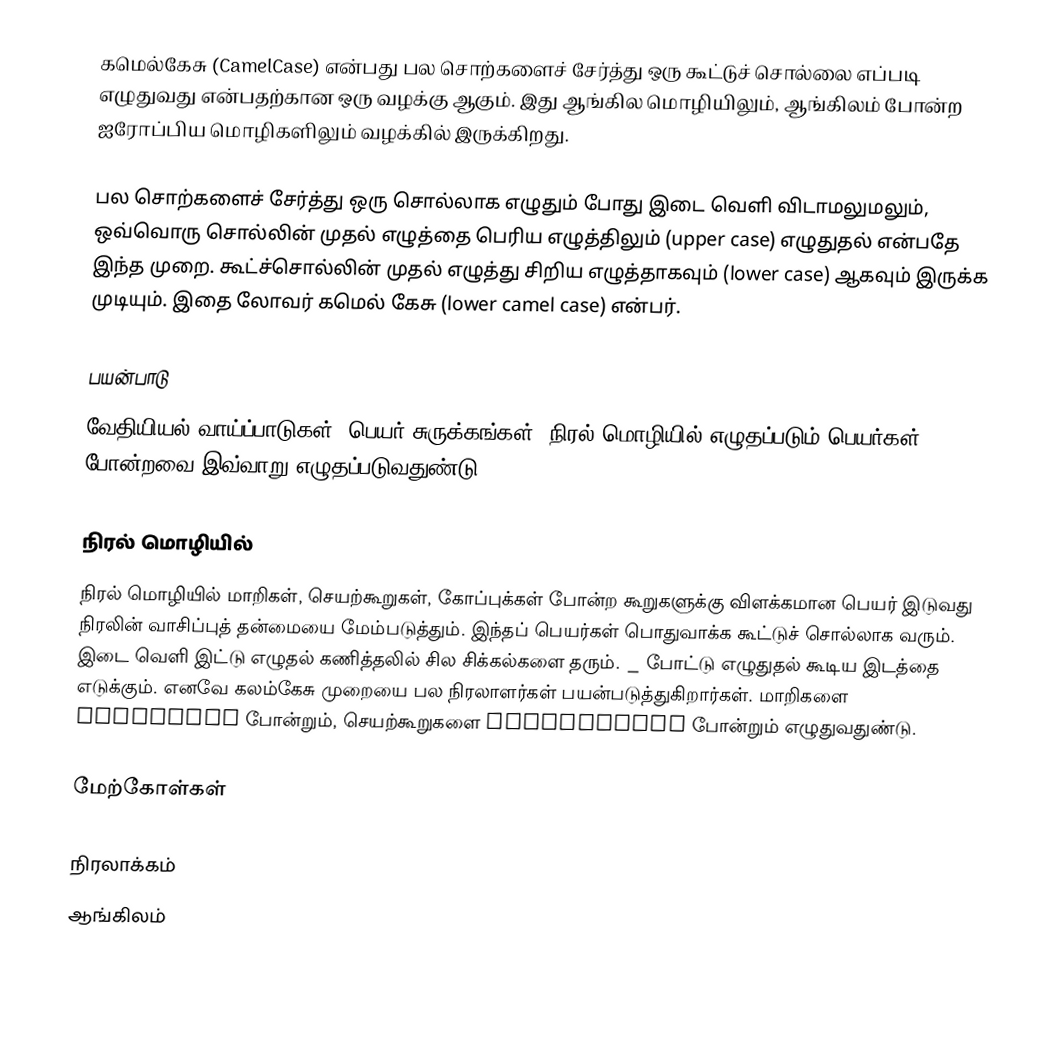
கமெல்கேசு (CamelCase) என்பது பல சொற்களைச் சேர்த்து ஒரு கூட்டுச் சொல்லை எப்படி எழுதுவது என்பதற்கான ஒரு வழக்கு ஆகும்.  இது ஆங்கில மொழியிலும், ஆங்கிலம் போன்ற ஐரோப்பிய மொழிகளிலும் வழக்கில் இருக்கிறது.

பல சொற்களைச் சேர்த்து ஒரு சொல்லாக எழுதும் போது இடை வெளி விடாமலுமலும், ஒவ்வொரு சொல்லின் முதல் எழுத்தை பெரிய எழுத்திலும் (upper case) எழுதுதல் என்பதே இந்த முறை.  கூட்ச்சொல்லின் முதல் எழுத்து சிறிய எழுத்தாகவும் (lower case) ஆகவும் இருக்க முடியும்.  இதை லோவர் கமெல் கேசு (lower camel case) என்பர்.

பயன்பாடு
வேதியியல் வாய்ப்பாடுகள், பெயர் சுருக்கங்கள், நிரல் மொழியில் எழுதப்படும் பெயர்கள் போன்றவை இவ்வாறு எழுதப்படுவதுண்டு.

நிரல் மொழியில்
நிரல் மொழியில் மாறிகள், செயற்கூறுகள், கோப்புக்கள் போன்ற கூறுகளுக்கு விளக்கமான பெயர் இடுவது நிரலின் வாசிப்புத் தன்மையை மேம்படுத்தும்.  இந்தப் பெயர்கள் பொதுவாக்க கூட்டுச் சொல்லாக வரும்.  இடை வெளி இட்டு எழுதல் கணித்தலில் சில சிக்கல்களை தரும்.  _ போட்டு எழுதுதல் கூடிய இடத்தை எடுக்கும்.  எனவே கலம்கேசு முறையை பல நிரலாளர்கள் பயன்படுத்துகிறார்கள்.  மாறிகளை ArrOrders போன்றும், செயற்கூறுகளை insertOrder போன்றும் எழுதுவதுண்டு.

மேற்கோள்கள்

நிரலாக்கம்
ஆங்கிலம்